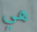
هي